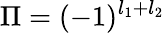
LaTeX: \Pi=(-1)^{l_{1}+l_{2}}